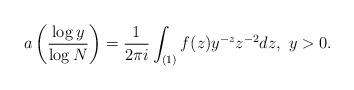
LaTeX: \begin{align*} a\left(\frac{\log{y}}{\log{N}}\right)=\frac{1}{2\pi i}\int_{(1)}f(z)y^{-z}z^{-2}dz, \ y>0.\end{align*}